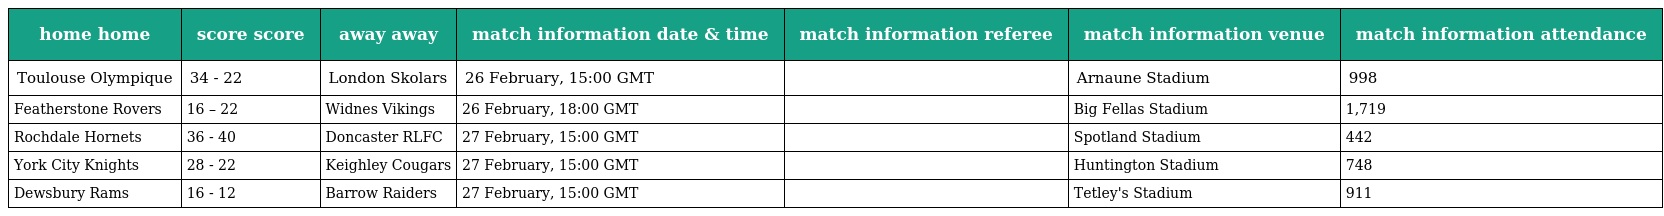
| home home | score score | away away | match information date & time | match information referee | match information venue | match information attendance |
 | --- | --- | --- | --- | --- | --- | --- |
 | Toulouse Olympique | 34 - 22 | London Skolars | 26 February, 15:00 GMT |  | Arnaune Stadium | 998 |
 | Featherstone Rovers | 16 – 22 | Widnes Vikings | 26 February, 18:00 GMT |  | Big Fellas Stadium | 1,719 |
 | Rochdale Hornets | 36 - 40 | Doncaster RLFC | 27 February, 15:00 GMT |  | Spotland Stadium | 442 |
 | York City Knights | 28 - 22 | Keighley Cougars | 27 February, 15:00 GMT |  | Huntington Stadium | 748 |
 | Dewsbury Rams | 16 - 12 | Barrow Raiders | 27 February, 15:00 GMT |  | Tetley's Stadium | 911 |